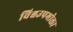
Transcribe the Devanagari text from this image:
विश्वउपभोक्ता